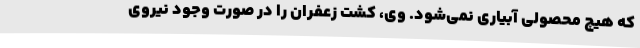
که هیچ محصولی آبیاری نمی‌شود. وی، کشت زعفران را در صورت وجود نیروی